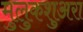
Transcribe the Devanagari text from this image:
मुलुकशुअरा